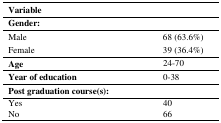
<table><thead><tr><td colspan="2"><b>Variable</b></td></tr></thead><tbody><tr><td colspan="2"><b>Gender:</b></td></tr><tr><td>Male</td><td>68 (63.6%)</td></tr><tr><td>Female</td><td>39 (36.4%)</td></tr><tr><td><b>Age</b></td><td>24-70</td></tr><tr><td><b>Year of education</b></td><td>0-38</td></tr><tr><td><b>Post graduation course(s):</b></td><td></td></tr><tr><td>Yes</td><td>40</td></tr></tbody></table>